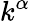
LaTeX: k^{\alpha}